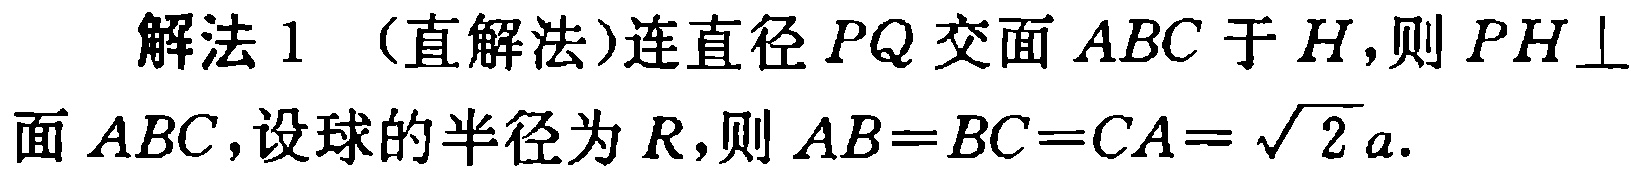
解法 1 （直解法）连直径 \(PQ\) 交面 \(ABC\) 于 \(H\)，则 \(PH\perp\) 面 \(ABC\)，设球的半径为 \(R\)，则 \(AB = BC = CA=\sqrt{2}a\).